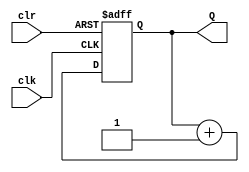
module Mod8Counter (
	input clk,    // Clock
	input clr,  // Asynchronous clear
	output [2:0]Q
);

reg [2:0]Q;

always @(posedge clk or negedge clr) 
begin 
	if(~clr) 
	begin
		Q <= 3'b000;
	end 
	else 
	begin
		Q <= Q + 1;
	end
end

endmodule